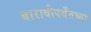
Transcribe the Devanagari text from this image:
बारावीपर्यँतच्या